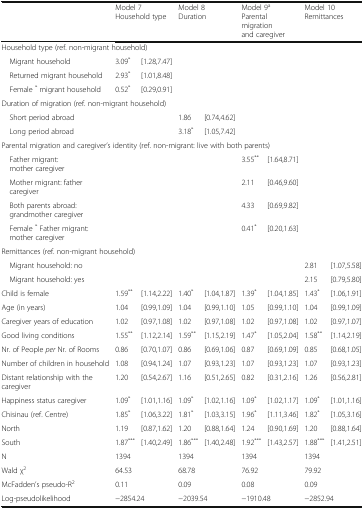
<table><thead><tr><td></td><td colspan="2"><b>Model 7Household type</b></td><td colspan="2"><b>Model 8Duration</b></td><td colspan="2"><b>Model 9<sup>a</sup>Parental migration and caregiver</b></td><td colspan="2"><b>Model 10Remittances</b></td></tr></thead><tbody><tr><td colspan="9">Household type (ref. non-migrant household)</td></tr><tr><td> Migrant household</td><td>3.09<sup>*</sup></td><td>[1.28,7.47]</td><td></td><td></td><td></td><td></td><td></td><td></td></tr><tr><td> Returned migrant household</td><td>2.93<sup>*</sup></td><td>[1.01,8.48]</td><td></td><td></td><td></td><td></td><td></td><td></td></tr><tr><td> Female <sup>*</sup> migrant household</td><td>0.52<sup>*</sup></td><td>[0.29,0.91]</td><td></td><td></td><td></td><td></td><td></td><td></td></tr><tr><td colspan="9">Duration of migration (ref. non-migrant household)</td></tr><tr><td> Short period abroad</td><td></td><td></td><td>1.86</td><td>[0.74,4.62]</td><td></td><td></td><td></td><td></td></tr><tr><td> Long period abroad</td><td></td><td></td><td>3.18<sup>*</sup></td><td>[1.05,7.42]</td><td></td><td></td><td></td><td></td></tr><tr><td colspan="9">Parental migration and caregiver’s identity (ref. non-migrant: live with both parents)</td></tr><tr><td> Father migrant: mother caregiver</td><td></td><td></td><td></td><td></td><td>3.55<sup>**</sup></td><td>[1.64,8.71]</td><td></td><td></td></tr><tr><td> Mother migrant: father caregiver</td><td></td><td></td><td></td><td></td><td>2.11</td><td>[0.46,9.60]</td><td></td><td></td></tr><tr><td> Both parents abroad: grandmother caregiver</td><td></td><td></td><td></td><td></td><td>4.33</td><td>[0.69,9.82]</td><td></td><td></td></tr><tr><td> Female <sup>*</sup> Father migrant: mother caregiver</td><td></td><td></td><td></td><td></td><td>0.41<sup>*</sup></td><td>[0.20,1.63]</td><td></td><td></td></tr><tr><td colspan="9">Remittances (ref. non-migrant household)</td></tr><tr><td> Migrant household: no</td><td></td><td></td><td></td><td></td><td></td><td></td><td>2.81</td><td>[1.07,5.58]</td></tr><tr><td> Migrant household: yes</td><td></td><td></td><td></td><td></td><td></td><td></td><td>2.15</td><td>[0.79,5.80]</td></tr><tr><td>Child is female</td><td>1.59<sup>**</sup></td><td>[1.14,2.22]</td><td>1.40<sup>*</sup></td><td>[1.04,1.87]</td><td>1.39<sup>*</sup></td><td>[1.04,1.85]</td><td>1.43<sup>*</sup></td><td>[1.06,1.91]</td></tr><tr><td>Age (in years)</td><td>1.04</td><td>[0.99,1.09]</td><td>1.04</td><td>[0.99,1.10]</td><td>1.05</td><td>[0.99,1.10]</td><td>1.04</td><td>[0.99,1.09]</td></tr><tr><td>Caregiver years of education</td><td>1.02</td><td>[0.97,1.08]</td><td>1.02</td><td>[0.97,1.08]</td><td>1.02</td><td>[0.97,1.08]</td><td>1.02</td><td>[0.97,1.07]</td></tr><tr><td>Good living conditions</td><td>1.55<sup>**</sup></td><td>[1.12,2.14]</td><td>1.59<sup>**</sup></td><td>[1.15,2.19]</td><td>1.47<sup>*</sup></td><td>[1.05,2.04]</td><td>1.58<sup>**</sup></td><td>[1.14,2.19]</td></tr><tr><td>Nr. of People <i>per</i> Nr. of Rooms</td><td>0.86</td><td>[0.70,1.07]</td><td>0.86</td><td>[0.69,1.06]</td><td>0.87</td><td>[0.69,1.09]</td><td>0.85</td><td>[0.68,1.05]</td></tr><tr><td>Number of children in household</td><td>1.08</td><td>[0.94,1.24]</td><td>1.07</td><td>[0.93,1.23]</td><td>1.07</td><td>[0.93,1.23]</td><td>1.07</td><td>[0.93,1.23]</td></tr><tr><td>Distant relationship with the caregiver</td><td>1.20</td><td>[0.54,2.67]</td><td>1.16</td><td>[0.51,2.65]</td><td>0.82</td><td>[0.31,2.16]</td><td>1.26</td><td>[0.56,2.81]</td></tr><tr><td>Happiness status caregiver</td><td>1.09<sup>*</sup></td><td>[1.01,1.16]</td><td>1.09<sup>*</sup></td><td>[1.02,1.16]</td><td>1.09<sup>*</sup></td><td>[1.02,1.17]</td><td>1.09<sup>*</sup></td><td>[1.01,1.16]</td></tr><tr><td>Chisinau (ref. Centre)</td><td>1.85<sup>*</sup></td><td>[1.06,3.22]</td><td>1.81<sup>*</sup></td><td>[1.03,3.15]</td><td>1.96<sup>*</sup></td><td>[1.11,3.46]</td><td>1.82<sup>*</sup></td><td>[1.05,3.16]</td></tr><tr><td>North</td><td>1.19</td><td>[0.87,1.62]</td><td>1.20</td><td>[0.88,1.64]</td><td>1.24</td><td>[0.90,1.69]</td><td>1.20</td><td>[0.88,1.64]</td></tr><tr><td>South</td><td>1.87<sup>***</sup></td><td>[1.40,2.49]</td><td>1.86<sup>***</sup></td><td>[1.40,2.48]</td><td>1.92<sup>***</sup></td><td>[1.43,2.57]</td><td>1.88<sup>***</sup></td><td>[1.41,2.51]</td></tr><tr><td>N</td><td colspan="2">1394</td><td colspan="2">1394</td><td colspan="2">1394</td><td colspan="2">1394</td></tr><tr><td>Wald χ<sup>2</sup></td><td colspan="2">64.53</td><td colspan="2">68.78</td><td colspan="2">76.92</td><td colspan="2">79.92</td></tr><tr><td>McFadden’s pseudo-R<sup>2</sup></td><td colspan="2">0.11</td><td colspan="2">0.09</td><td colspan="2">0.08</td><td colspan="2">0.09</td></tr><tr><td>Log-pseudolikelihood</td><td colspan="2">−2854.24</td><td colspan="2">−2039.54</td><td colspan="2">−1910.48</td><td colspan="2">−2852.94</td></tr></tbody></table>